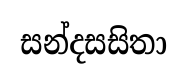
සන්දසසිතා